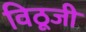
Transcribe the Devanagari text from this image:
विठूजी